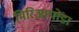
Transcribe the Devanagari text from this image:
मिरिआपोडा